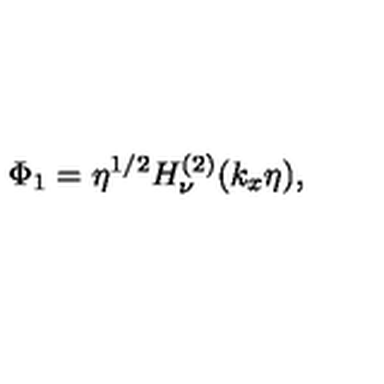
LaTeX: \Phi _ { 1 } = \eta ^ { 1 / 2 } H _ { \nu } ^ { ( 2 ) } ( k _ { x } \eta ) ,